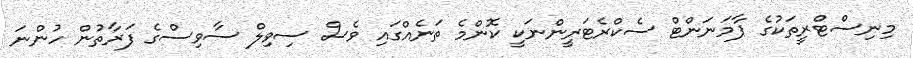
މިނިސްޓްރީތަކުގެ ޕާމަނަންޓް ސެކްރެޓަރީންނަކީ ކޮންމެ ތަނެއްގައި ވެސް ސިވިލް ސާވިސްގެ ފަރާތުން ހުންނަ